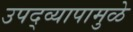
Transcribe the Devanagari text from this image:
उपद्‌व्यापामुळे